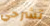
تشرحي